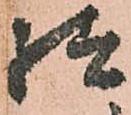
様